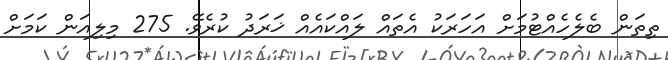
ތިތަން ބެލެހެއްޓުމަށް އަހަރަކު އެތައް ލައްކައެއް ޚަރަދު ކުރެވޭ. 275 މިލިއަން ކަމަށް